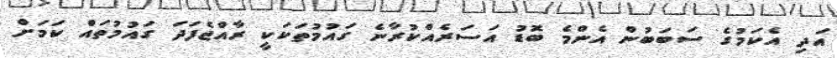
އަދި އެކަމުގެ ސަބަބުން އެންމެ ބޮޑު އަސަރެއްކުރާނެ ގައުމުތަކަކީ ރާއްޖެފަދަ ގައުމުތައް ކަަމަށް